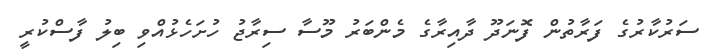
ސަރުކާރުގެ ފަރާތުން ފޮނަދޫ ދާއިރާގެ މެންބަރު މޫސާ ސިރާޖު ހުށަހެޅުއްވި ބިލު ފާސްކުރީ